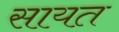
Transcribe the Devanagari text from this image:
सायत